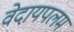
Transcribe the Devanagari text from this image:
वेदायपलम